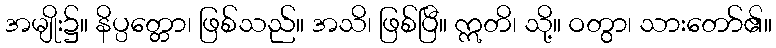
အမျိုး၌။ နိပ္ပတ္တော၊ ဖြစ်သည်။ အသိ၊ ဖြစ်ပြီ။ ဣတိ၊ သို့။ ဝတွာ၊ သားတော်၏။